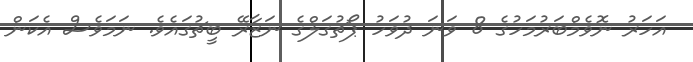
އަހަރު ނޮވެމްބަރުމަހުގެ 8 ވަނަ ދުވަހު ޕޯޗުގަލްގެ ނަޒާރޭ ބީޗުގައެވެ. ނަމަވެސް އެކަން